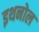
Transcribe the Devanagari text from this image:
इथनोल